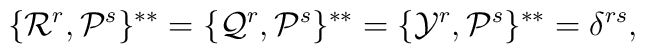
\{{\cal R}^r,{\cal P}^s\}^{**}= \{{\cal Q}^r,{\cal P}^s\}^{**}=\{{\cal Y}^r,{\cal P}^s\}^{**}= \delta^{rs},